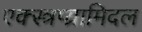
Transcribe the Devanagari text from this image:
एक्स्त्रप्य्रामिदल